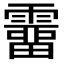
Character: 𩅸